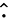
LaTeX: \hat{\cdot}